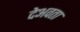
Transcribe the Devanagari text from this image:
देअवता